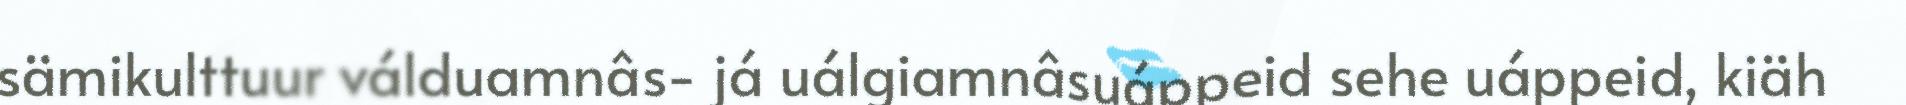
sämikulttuur válduamnâs- já uálgiamnâsuáppeid sehe uáppeid, kiäh